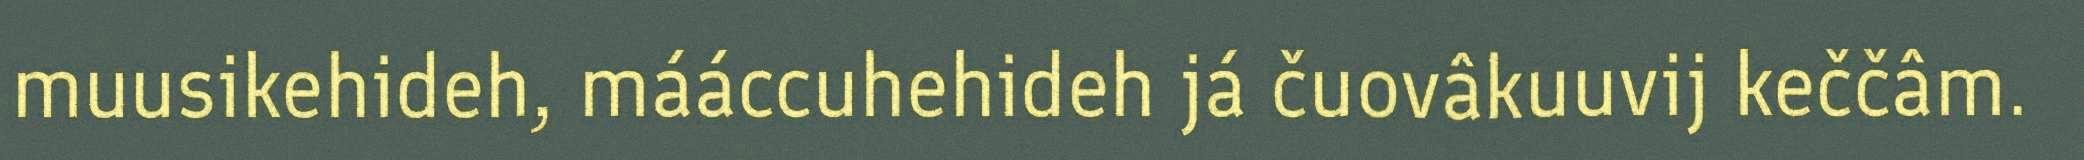
muusikehideh, mááccuhehideh já čuovâkuuvij keččâm.